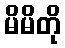
မိမိတို